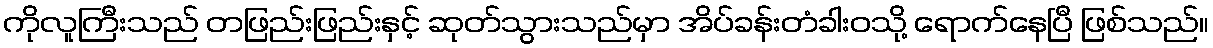
ကိုလူကြီးသည် တဖြည်းဖြည်းနှင့် ဆုတ်သွားသည်မှာ အိပ်ခန်းတံခါးဝသို့ ရောက်နေပြီ ဖြစ်သည်။